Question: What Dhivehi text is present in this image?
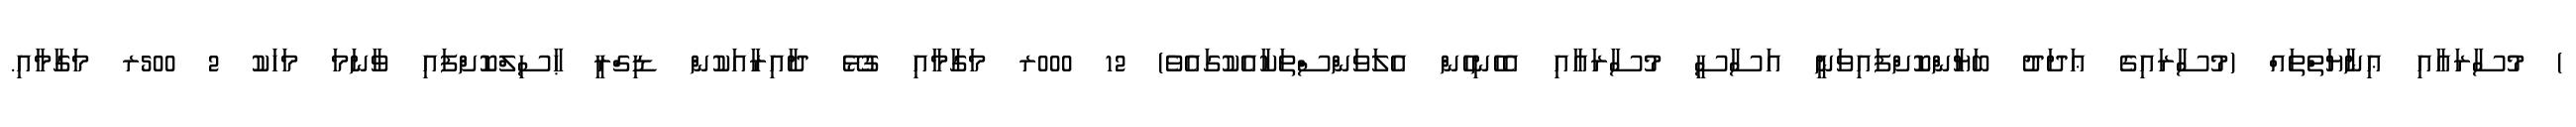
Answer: ) މުސާރައާއި ޢިނާޔަތްތައް (މުސާރައިގެ ޢަދަދު ބަޔާންކޮށްފައިވަނީ އަސާސީ މުސާރައާއި އެހެނިހެން އެލަވަންސްތަކާއެކުގައެވެ) 12 000ރ މަގާމާއި ގުޅޭ ދާއިރާއަކުން ޑިގްރީ ޙާސިލްކޮށްފައި ވާނަމަ މަހަކު 2 500ރ މަގާމާއި.